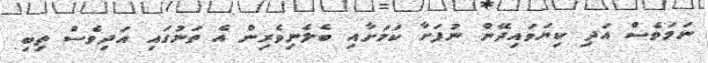
ނަމަވެސް އަދި ކިޔަވައިދޭން ނުފަށާ ކަމަށާއި ބެލެނިވެރިން އެ ތަނުގައި އަދިވެސް ތިބި